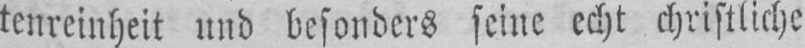
tenreinheit und besonders seine echt christliche